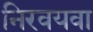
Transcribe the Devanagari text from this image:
निरवयवा